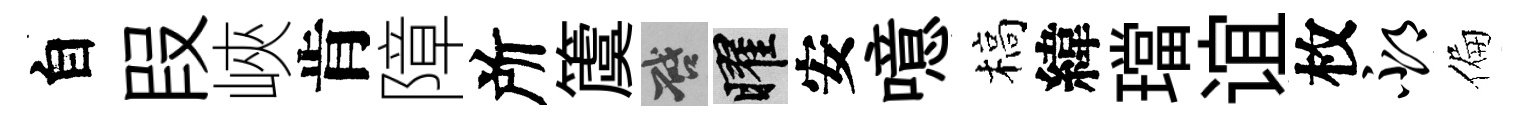
自叚峽肯障所𥵂啓曜安噫槁緯璫谊枚邳偏